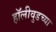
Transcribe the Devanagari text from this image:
हॉलीवुडच्या